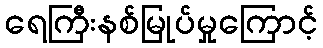
ရေကြီးနစ်မြုပ်မှုကြောင့်